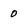
Character: 0